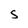
Character: S